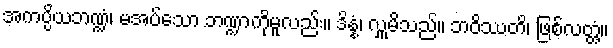
အကပ္ပိယဘဏ္ဍံ၊ မအပ်သော ဘဏ္ဍာကိုမူလည်း။ ဒိန္နံ၊ လှူမိသည်။ ဘဝိဿတိ၊ ဖြစ်လတ္တံ့။